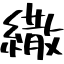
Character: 繖